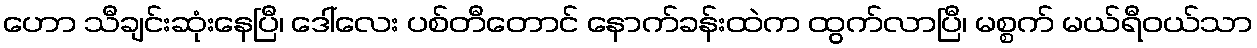
ဟော သီချင်းဆုံးနေပြီ၊ ဒေါ်လေး ပစ်တီတောင် နောက်ခန်းထဲက ထွက်လာပြီ၊ မစ္စက် မယ်ရီဝယ်သာ